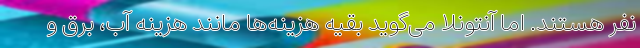
نفر هستند. اما آنتونلا می‌گوید بقیه هزینه‌ها مانند هزینه آب، برق و